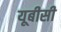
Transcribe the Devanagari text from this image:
यूबीसी